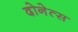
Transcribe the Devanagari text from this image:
दोनेत्स